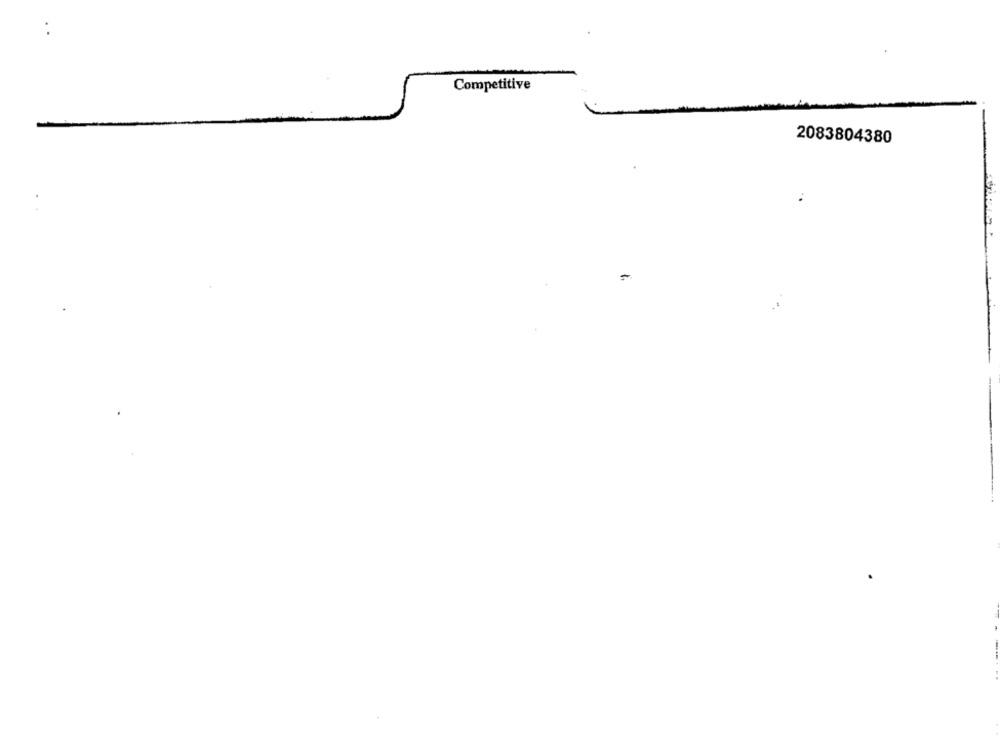
Competitive
2083804380